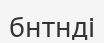
бнтнді